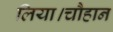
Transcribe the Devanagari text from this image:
लिया।चौहान